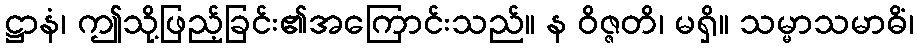
ဋ္ဌာနံ၊ ဤသို့ဖြည့်ခြင်း၏အကြောင်းသည်။ န ဝိဇ္ဇတိ၊ မရှိ။ သမ္မာသမာဓိံ၊